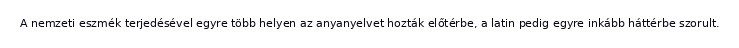
A nemzeti eszmék terjedésével egyre több helyen az anyanyelvet hozták előtérbe, a latin pedig egyre inkább háttérbe szorult.